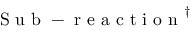
\mathrm { ~ S ~ u ~ b ~ - ~ r ~ e ~ a ~ c ~ t ~ i ~ o ~ n ~ } ^ { \dagger }